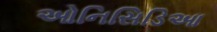
ઓનિસિડિઆ